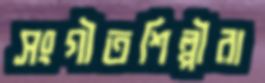
সংগীতশিল্পীরা